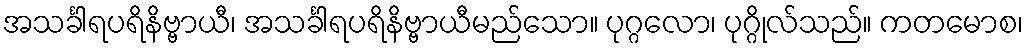
အသင်္ခါရပရိနိဗ္ဗာယီ၊ အသင်္ခါရပရိနိဗ္ဗာယီမည်သော။ ပုဂ္ဂလော၊ ပုဂ္ဂိုလ်သည်။ ကတမောစ၊